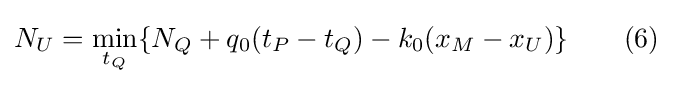
N_{U}=\min _{t_{Q}}\{N_{Q}+q_{0}(t_{P}-t_{Q})-k_{0}(x_{M}-x_{U})\}\qquad (6)